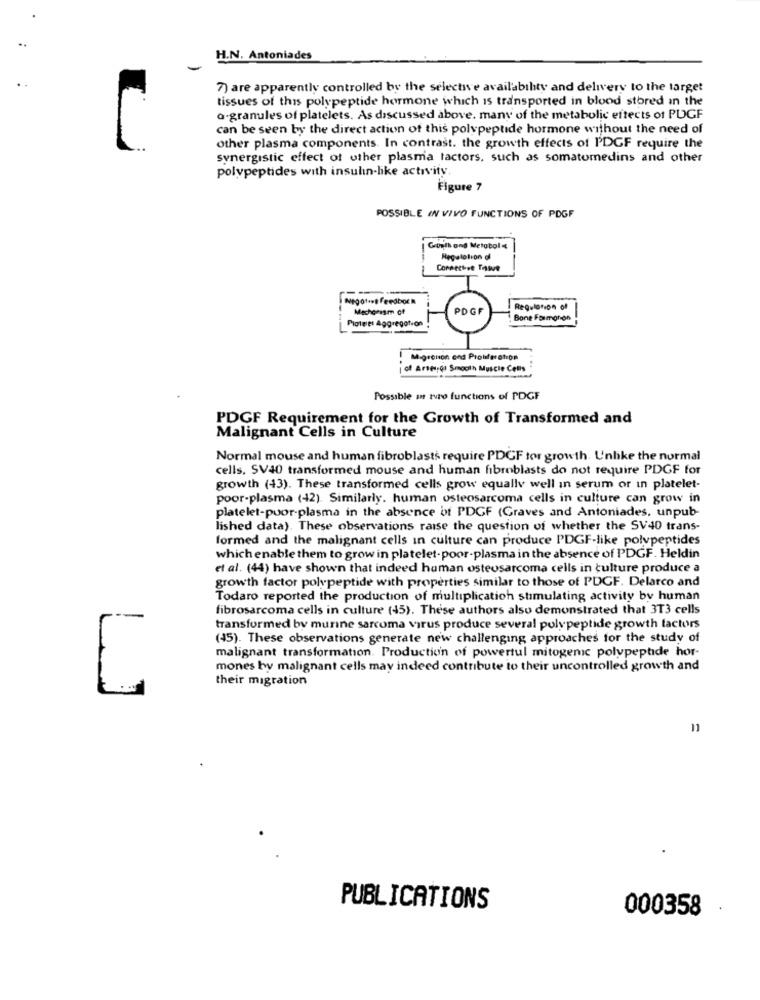
H.N. Antoniades
7) are apparently controlled by the selectwe availability and delivery to the target
tissues of this polypeptide hormone which is transported in blood stored in the
a.granules of platelets. As discussed above. many of the metabolic effects of PUGF
can be seen by the direct action of this polypeptide hormone without the need of
other plasma components. In contrast. the growth effects of PDGF require the
synergistic effect of other plasma factors, such as somatomedins and other
polypeptides with insulin-like activity.
Figure 7
POSSIBLE IN VIVO FUNCTIONS OF PDGF
Growth and Metabol
Regalolion di
Connectse Towe
Negotiet Feedboch
Mechanism of
PDGF
Regulation of
Bone Formonon
Ploteles Aggregation
Migrenon end Proliferation
| of Arsesrot Smooth Muscle Cells
Possible an turo functions of PDGF
PDGF Requirement for the Growth of Transformed and
Malignant Cells in Culture
Normal mouse and human fibroblasts require PDCF tor growth. Unlike the normal
cells, SV40 transformed mouse and human fibroblasts do not require PDGF for
growth (43). These transformed cells grow equally well in serum or in platelet-
poor-plasma (42). Similarly. human osteosarcoma cells in culture can grow in
platelet-poor-plasma in the absence of PDGF (Graves and Antoniades, unpub-
lished data). These observations raise the question of whether the SV40 trans-
formed and the malignant cells in culture can produce PDGF-like polypeptides
which enable them to grow in platelet-poor-plasma in the absence of PDGF. Heldin
et al. (44) have shown that indeed human osteosarcoma cells in culture produce a
growth factor polypeptide with properties similar to those of PDGF. Delarco and
Todaro reported the production of multiplication stimulating activity by human
fibrosarcoma cells in culture (45). These authors also demonstrated that 3T3 cells
--
transformed by murine sarcoma virus produce several polypeptide growth factors
(45). These observations generate new challenging approaches for the study of
malignant transformation. Production of powertul mitogenic polypeptide hor-
mones by malignant cells may indeed contribute to their uncontrolled growth and
their migration
PUBLICATIONS
000358